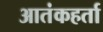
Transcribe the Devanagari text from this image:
आतंकहर्ता